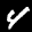
Label: 4